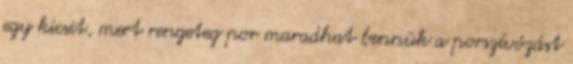
egy kicsit, mert rengeteg por maradhat bennük a porszívózást